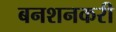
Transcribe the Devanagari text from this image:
बनशनकरी